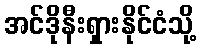
အင်ဒိုနီးရှားနိုင်ငံသို့